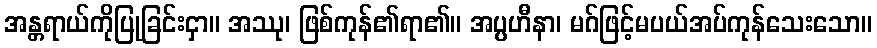
အန္တရာယ်ကိုပြုခြင်းငှာ။ အဿု၊ ဖြစ်ကုန်၏ရာ၏။ အပ္ပဟီနာ၊ မဂ်ဖြင့်မပယ်အပ်ကုန်သေးသော။